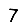
Digit: 7